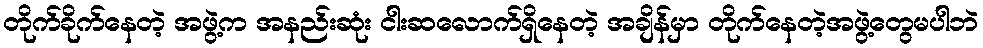
တိုက်ခိုက်နေတဲ့ အဖွဲ့က အနည်းဆုံး ငါးဆလောက်ရှိနေတဲ့ အချိန်မှာ တိုက်နေတဲ့အဖွဲ့တွေမပါဘဲ